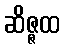
ဆိဇ္ဇထ